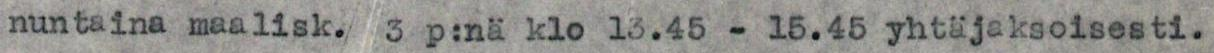
nuntaina maalisk. 3 p:nä klo 13.45 - 15.45 yhtäjaksoisesti.